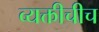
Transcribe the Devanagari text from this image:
व्यक्तीचीच